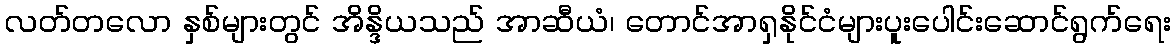
လတ်တလော နှစ်များတွင် အိန္ဒိယသည် အာဆီယံ၊ တောင်အာရှနိုင်ငံများပူးပေါင်းဆောင်ရွက်ရေး